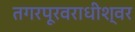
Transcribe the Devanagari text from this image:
तगरपूरवराधीश्वर